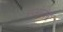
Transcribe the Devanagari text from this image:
उपभोग्येन